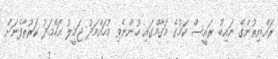
ރައްޔިތުންގެ ނައިބު ރައީސް ކަމުގެ މަގާމްގައި ހުންނެވި މުހައްމަދު ޖަމީލު އަހްމަދު ކަރުތާފެނަށް